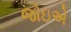
જોઇએ